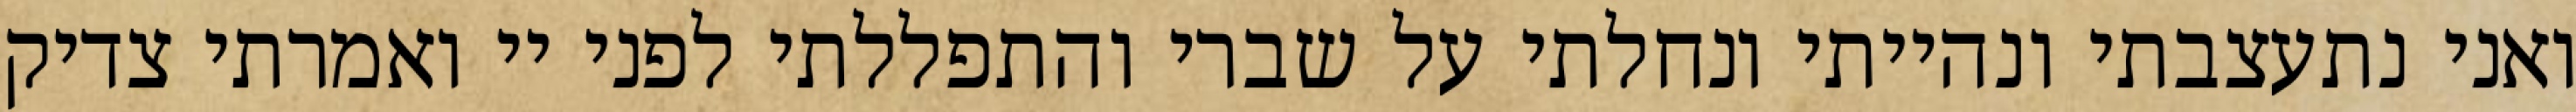
ואני נתעצבתי ונהייתי ונחלתי על שברי והתפללתי לפני יי ואמרתי צדיק